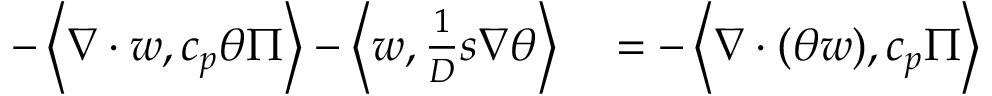
\begin{array} { r l } { - \left\langle \nabla \cdot w , c _ { p } \theta \Pi \right\rangle - \left\langle w , \frac { 1 } { D } s \nabla \theta \right\rangle } & { { } = - \left\langle \nabla \cdot ( \theta w ) , c _ { p } \Pi \right\rangle } \end{array}